Vaccination in Bombay 1874-1876 - 1874-1876
Year: 1874
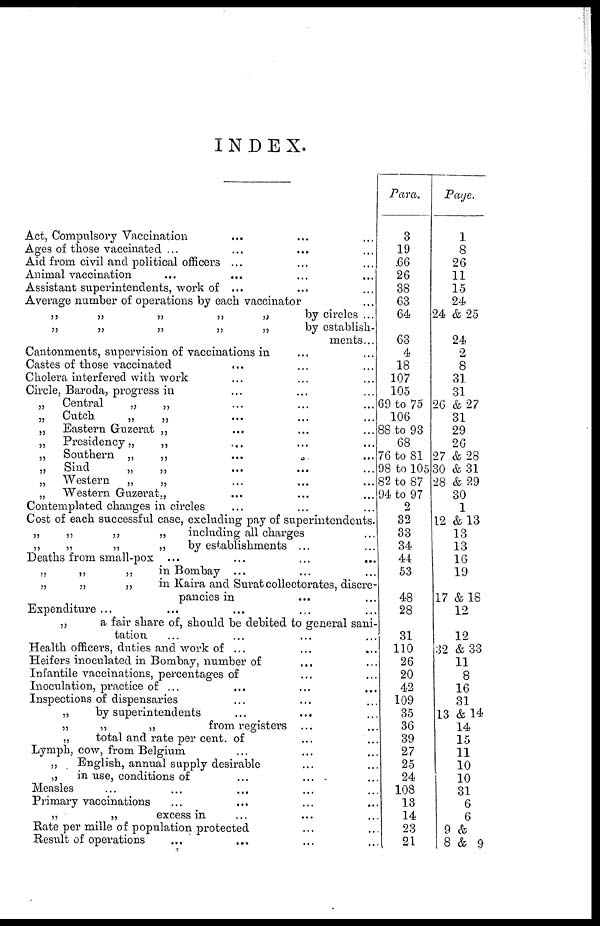
INDEX.
Act, Compulsory Vaccination ... ... ... ...
Ages of those vaccinated ... ... ... ...
Aid from civil and political officers ... ... ... ...
Animal vaccination ... ... ... ...
Assistant superintendents, work of ... ... ... ...
Average number of operations by each vaccinator ...
„
„
„
„
„
by
circles ...
„
„
„
„
„
by establish-
ments ...
Cantonments, supervision of vaccinations in ... ...
Castes of those vaccinated ... ... ...
Cholera interfered with work ... ... ...
Circle, Baroda, progress in ... ... ...
„
Central
„
„ ... ... ...
„
Cutch
„
„ ... ... ...
„
Eastern Guzerat „ ... ... ...
„
Presidency„
„ ... ... ...
„
Southern „
„
...
...
...
„
Sind
„
„ ... ... ...
„
Western
„
„ ... ... ...
„
Western Guzerat„ ... ... ...
Contemplated changes in circles ... ... ...
Cost of each successful case, excluding pay of superintendents.
„
„
„
„
including all charges ...
„
„
„
„
by establishments ... ...
Deaths from small-pox ... ... ...
„
„
„
in Bombay
...
...
...
...
„
„
„
in Kaira and Surat collectorates, discre-
pancies in ... ...
Expenditure ... ... ... ...
„
a fair share of, should be debited to general sani-
tation ... ... ... ...
Health officers, duties and work of ... ... ...
Heifers inoculated in Bombay, number of ... ... ...
Infantile vaccinations, percentages of ... ... ...
Inoculation, practice of ... ... ... ...
Inspections of dispensaries ... ... ... ...
„
by superintendents ... ... ... ...
„
„
„
from registers ... ...
„
total and rate per cent. of ... ... ...
Lymph, cow, from Belgium ... ... ...
„
English, annual supply desirable ... ...
„
in use, conditions of
...
...
...
...
Measles ... ... ... ...
Primary vaccinations ... ... ...
„
„
excess in ... ... ...
Rate per mille of population protected ... ...
Result of operations ... ... ...
Para.
3
19
66
26
38
63
64
63
4
18
107
105
69 to 75
106
88 to 93
68
76 to 81
98 to 105
82 to 87
94 to 97
2
32
33
34
44
53
48
28
31
110
26
20
42
109
35
36
39
27
25
24
108
13
14
23
21
Paye.
1
8
26
11
15
24
24 & 25
24
2
8
31
31
26 & 27
31
29
26
27 &28
30 & 31
28 & 29
30
1
12 &13
13
13
16
19
17 &18
12
12
32 & 33
11
8
16
31
13 &14
14
15
11
10
10
31
6
6
9 &
8 & 9